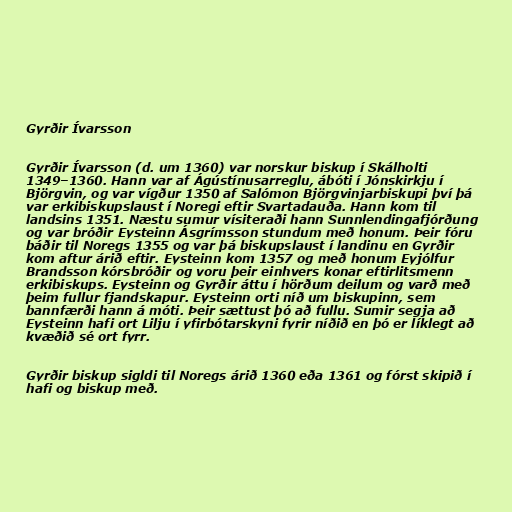
Gyrðir Ívarsson

Gyrðir Ívarsson (d. um 1360) var norskur biskup í Skálholti
1349–1360. Hann var af Ágústínusarreglu, ábóti í Jónskirkju í
Björgvin, og var vígður 1350 af Salómon Björgvinjarbiskupi því þá
var erkibiskupslaust í Noregi eftir Svartadauða. Hann kom til
landsins 1351. Næstu sumur vísiteraði hann Sunnlendingafjórðung
og var bróðir Eysteinn Ásgrímsson stundum með honum. Þeir fóru
báðir til Noregs 1355 og var þá biskupslaust í landinu en Gyrðir
kom aftur árið eftir. Eysteinn kom 1357 og með honum Eyjólfur
Brandsson kórsbróðir og voru þeir einhvers konar eftirlitsmenn
erkibiskups. Eysteinn og Gyrðir áttu í hörðum deilum og varð með
þeim fullur fjandskapur. Eysteinn orti níð um biskupinn, sem
bannfærði hann á móti. Þeir sættust þó að fullu. Sumir segja að
Eysteinn hafi ort Lilju í yfirbótarskyni fyrir níðið en þó er líklegt að
kvæðið sé ort fyrr.

Gyrðir biskup sigldi til Noregs árið 1360 eða 1361 og fórst skipið í
hafi og biskup með.